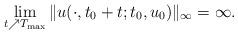
LaTeX: \begin{align*}\lim_{t\nearrow T_{\max}}\|u(\cdot,t_0+t;t_0,u_0)\|_{\infty}=\infty.\end{align*}